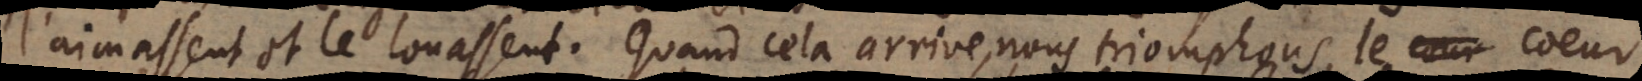
l’aimassent et le louassent. Quand cela arrive, nous triomphons, le coeur